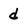
Character: d